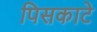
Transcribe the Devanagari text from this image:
पिसकाटे